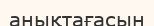
анықтағасын